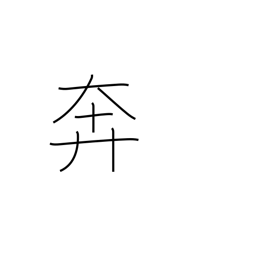
Meaning: bustle